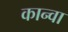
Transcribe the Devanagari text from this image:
कान्वा